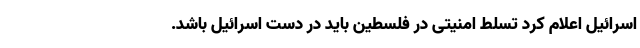
اسرائیل اعلام کرد تسلط امنیتی در فلسطین باید در دست اسرائیل باشد.